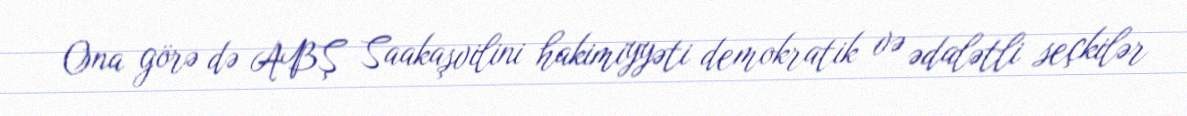
Ona görə də ABŞ Saakaşvilini hakimiyyəti demokratik və ədalətli seçkilər